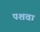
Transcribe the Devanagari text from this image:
पशवा